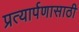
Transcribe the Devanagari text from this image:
प्रत्यार्पणासाठी